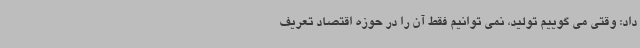
داد: وقتی می گوییم تولید، نمی توانیم فقط آن را در حوزه اقتصاد تعریف